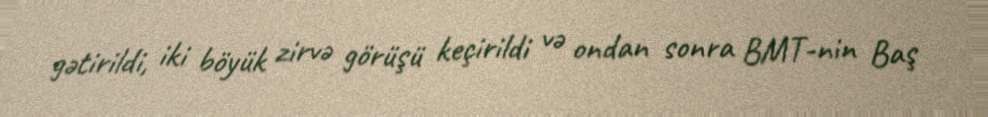
gətirildi, iki böyük zirvə görüşü keçirildi və ondan sonra BMT-nin Baş